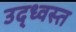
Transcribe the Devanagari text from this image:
उद्‍ध्वस्त